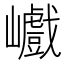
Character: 巇